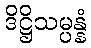
ဒိဋ္ဌိသမ္ပန္နံ